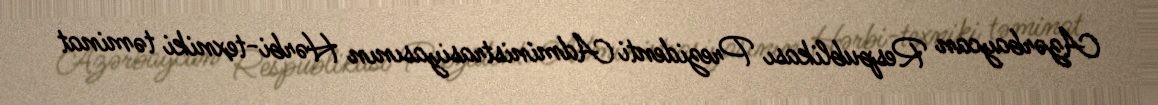
Azərbaycan Respublikası Prezidenti Administrasiyasının Hərbi-texniki təminat